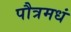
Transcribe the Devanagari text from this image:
पौत्रमधं